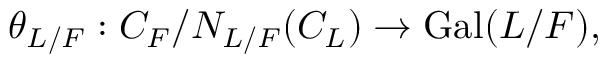
\theta _ { L / F } : C _ { F } / { N _ { L / F } ( C _ { L } ) } \to \operatorname { G a l } ( L / F ) ,